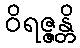
ဝိရဇ္ဇန္တိ